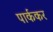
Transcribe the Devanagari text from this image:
पार्ककर